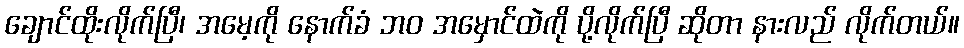
ချောင်ထိုးလိုက်ပြီ၊ အမေ့ကို နောက်ခံ ဘဝ အမှောင်ထဲကို ပို့လိုက်ပြီ ဆိုတာ နားလည် လိုက်တယ်။